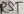
Text: RST